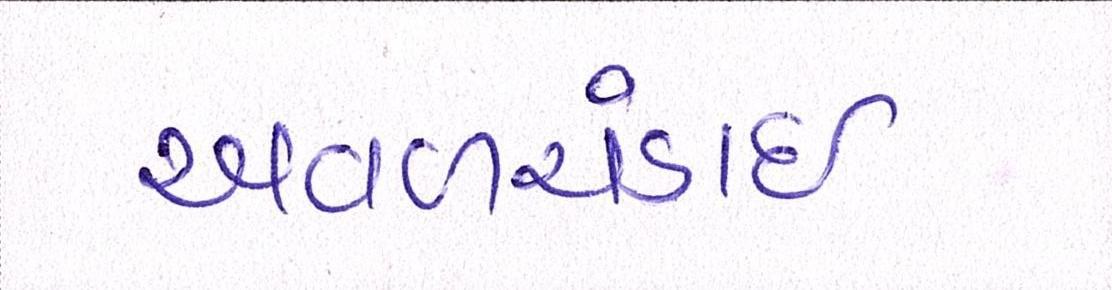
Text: અવળચંડાઇ